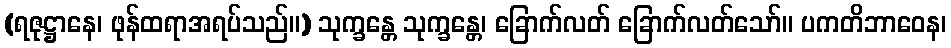
(ရဇုဋ္ဌာနေ၊ ဖုန်ထရာအရပ်သည်။) သုက္ခန္တေ သုက္ခန္တေ၊ ခြောက်လတ် ခြောက်လတ်သော်။ ပကတိဘာဝေန၊